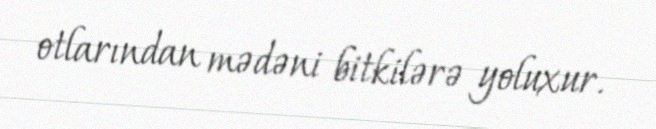
otlarından mədəni bitkilərə yoluxur.